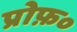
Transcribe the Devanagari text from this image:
प्रोफ़०